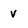
Character: v